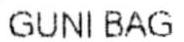
GUNI BAG